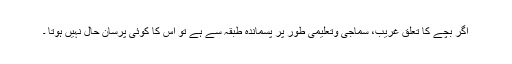
اگر بچے کا تعلق غریب، سماجی وتعلیمی طور پر پسماندہ طبقہ سے ہے تو اس کا کوئی پرسان حال نہیں ہوتا ۔